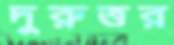
দুরুত্তর